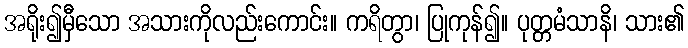
အရိုး၍မှီသော အသားကိုလည်းကောင်း။ ကရိတွာ၊ ပြုကုန်၍။ ပုတ္တမံသာနိ၊ သား၏